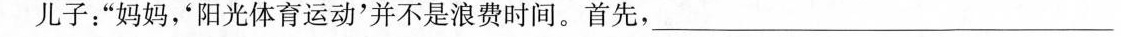
儿子：”妈妈，‘阳光体育运动'并不是浪费时间。首先，___